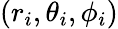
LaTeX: (r_{i},\theta_{i},\phi_{i})